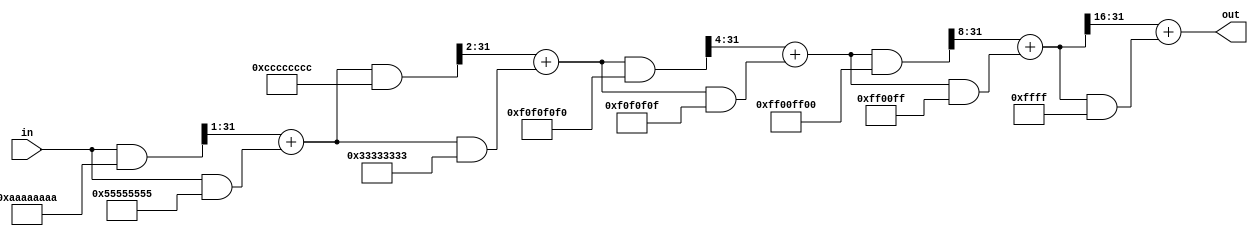
module cpop_module #(
    parameter DATA_WIDTH = 32
) (
    input [DATA_WIDTH-1:0] in,
    output reg [DATA_WIDTH-1:0] out
);

reg [DATA_WIDTH-1:0] tmpOut;
reg [DATA_WIDTH-1:0] tmpIn;

    always @* begin
        tmpIn = in;
        // tmpOut is now a set of 2-bit sums of the number of ones
        tmpOut = ((tmpIn & 32'hAAAAAAAA) >> 1) + (tmpIn & 32'h55555555);
        // x is now a set of 4-bit sums of the number of ones
        tmpIn = ((tmpOut & 32'hCCCCCCCC) >> 2) + (tmpOut & 32'h33333333);
        // tmpOut is now a set of 8-bit sums of the number of ones
        tmpOut = ((tmpIn & 32'hF0F0F0F0) >> 4) + (tmpIn & 32'h0F0F0F0F);
        // x is now a set of 16-bit sums of the number of ones
        tmpIn = ((tmpOut & 32'hFF00FF00) >> 8) + (tmpOut & 32'h00FF00FF);
        // tmpOut is now the 32-bit sum of the number of ones
        tmpOut = (tmpIn >> 16) + (tmpIn & 32'h0000FFFF);

        out = tmpOut;
    end    
endmodule